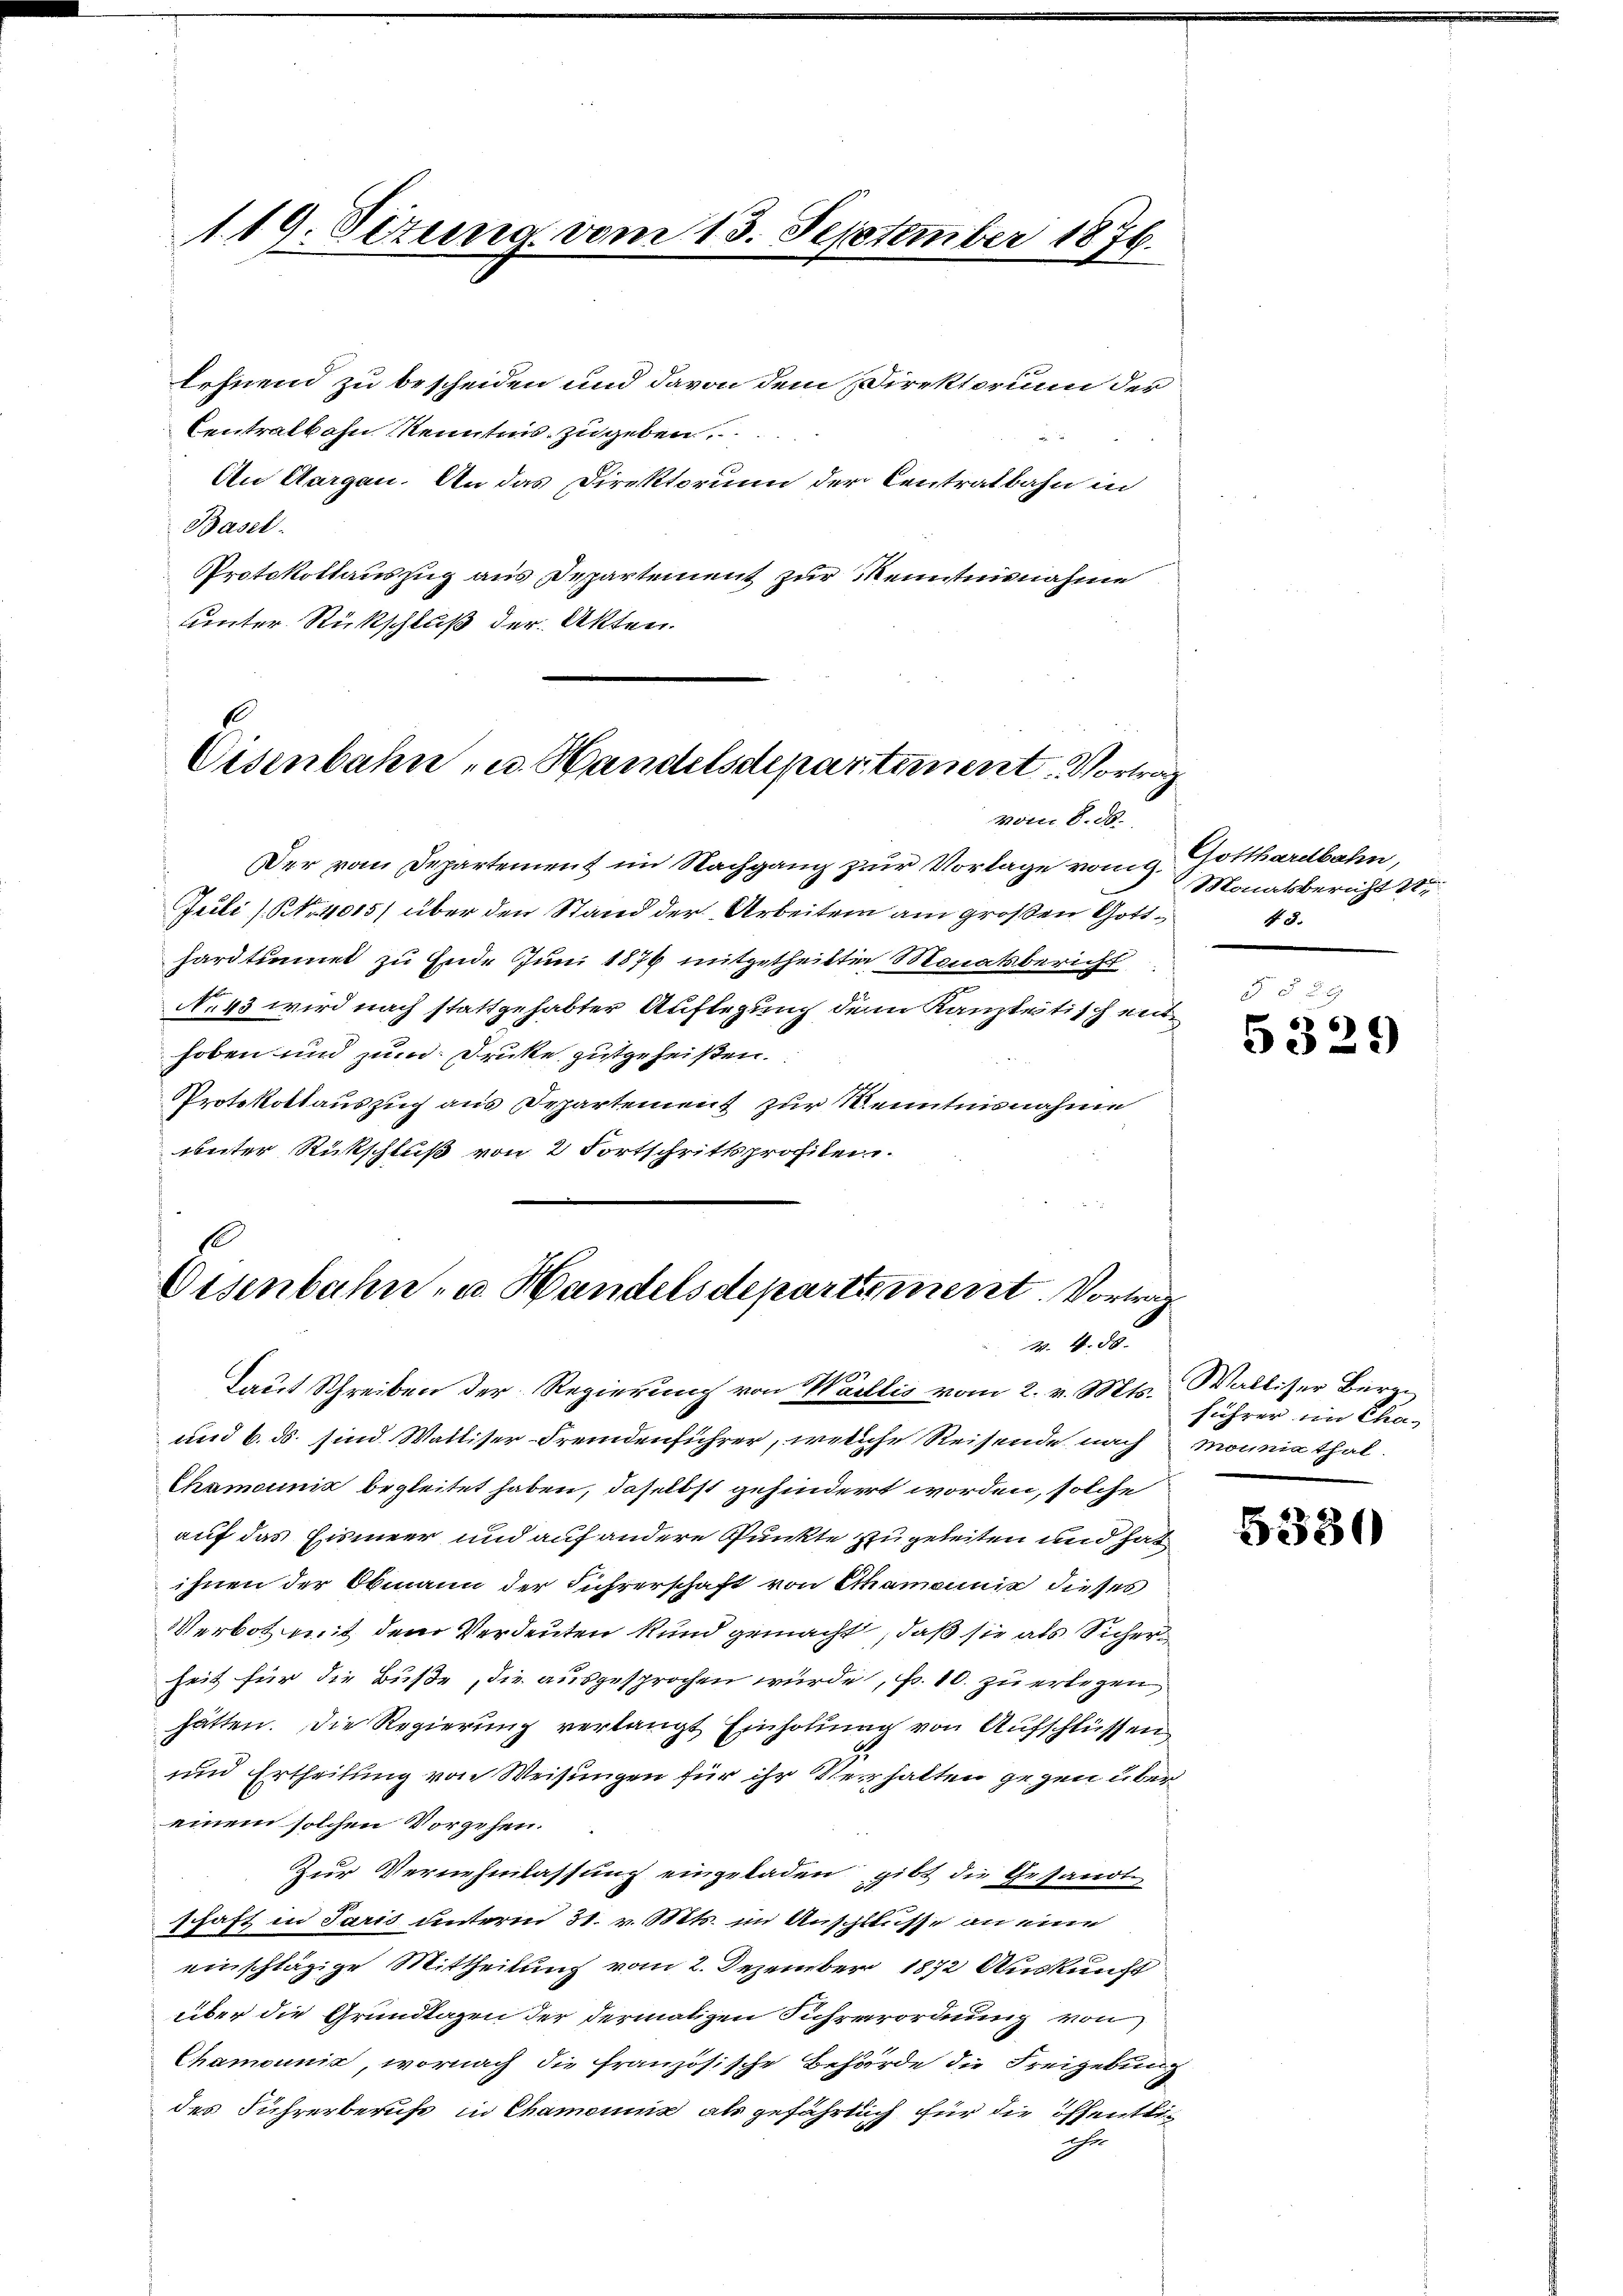
119. Setung vom 13. September 1876.

lehnend zu bescheiden und davon dem Direktorum der
Centralbahn Kenntnis zugeben,
An Aargau. An das Direktorium der Centralbahn in
Basel.
Protokollauszug aus Departement zur Kenntnisnahme
unter Rückschluß der Akten.

Eisenbahn u. Handelsdepartement. Vortrag
Von 8. N.

Der vom Departement im Nachgang zur Vorlage vom 9.
Juli (Nr. 4015) über den Stand der Arbeiten am großen Gotthardtunnet zu Ende Juni 1876 mitgetheilte Monatsbericht
No 43 wird nach stattgehabter Auflegung dem Kanzleitisch enthoben und zum Druke gutgeheißen.
Protokollauszug aus Departement zur Kenntnisnahme
unter Rückschluß von 2 Fortschrittsprofilen.

Eisenbahn- u. Handelsdepartement. Vortrag
W. 4. 58.

Gotthardbahn,
Monatsbericht de
48.

Laut Schreiben der Regierung von Wallis vom 2. v. Mts. Walliser Bürge
und 6. ds. sind Walliser Fremdenführer, welche Reisende nach monnie thal¬
Chamannia begleitet haben, daselbst gehindert worden, solche
auf das Eismeer und auf andere Punkte zu geleiten und hat
ihnen der Obmann der Führerschaft von Schamannis dieses
Verbot mit dem Verdeuten kund gemacht, daß sie als Sicher
heit für die Buße, die ausgesprochen würde, Fr. 10. zu erlegen
hätten. Die Regierung verlangt Einholung von Aufschlüssen,
und Ertheilung von Weisungen für ihr Verhalten gegen über
einem solchen Vorgehen.
Zur Vernehmlassung eingeladen gibt die Gesandt
schaft in Paris unterm 31. v. Mts. im Anschlusse an eine
einschlägige Mittheilung vom 2. Dezember 1872 Auskunft
über die Grundlagen der dermatizen Fuhrerordnung von
Chamounić, wornach die französische Behörde die Freigebung
des Führerberuft in Chamoniis als gefährlich für die öffentlich
.

5329

führer im Cha-

5330